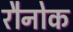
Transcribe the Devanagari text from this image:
रौनोक